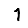
Digit: 1